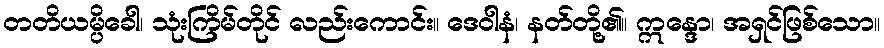
တတိယမ္ပိခေါ၊ သုံးကြိမ်တိုင် လည်းကောင်း။ ဒေဝါနံ၊ နတ်တို့၏။ ဣန္ဒော၊ အရှင်ဖြစ်သော။